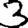
Digit: 3